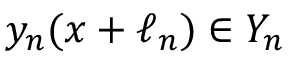
y _ { n } ( x + \ell _ { n } ) \in Y _ { n }